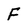
Character: F